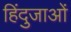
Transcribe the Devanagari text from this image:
हिंदुजाओं